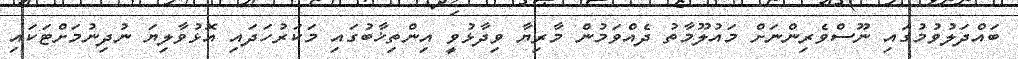
ބައްދަލުވުމުގައި ނޫސްވެރިންނަށް މައުލޫމާތު ދެއްވަމުން މާރިޔާ ވިދާޅުވީ އިންތިޚާބުގައި މަކަރުހަދައި އޮޅުވާލިޔަ ނުދިނުމަށްޓަަކައި